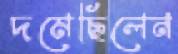
দমেছিলেন